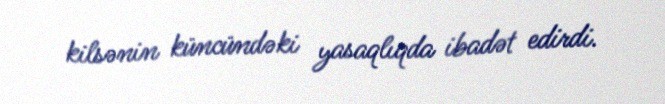
kilsənin küncündəki yasaqlıqda ibadət edirdi.